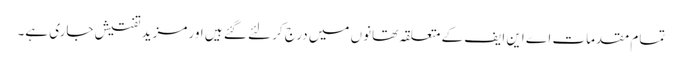
تمام مقدمات اے این ایف کے متعلقہ تھانوں میں درج کر لئے گئے ہیں اور مزید تفتیش جاری ہے۔